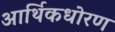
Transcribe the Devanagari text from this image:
आर्थिकधोरण